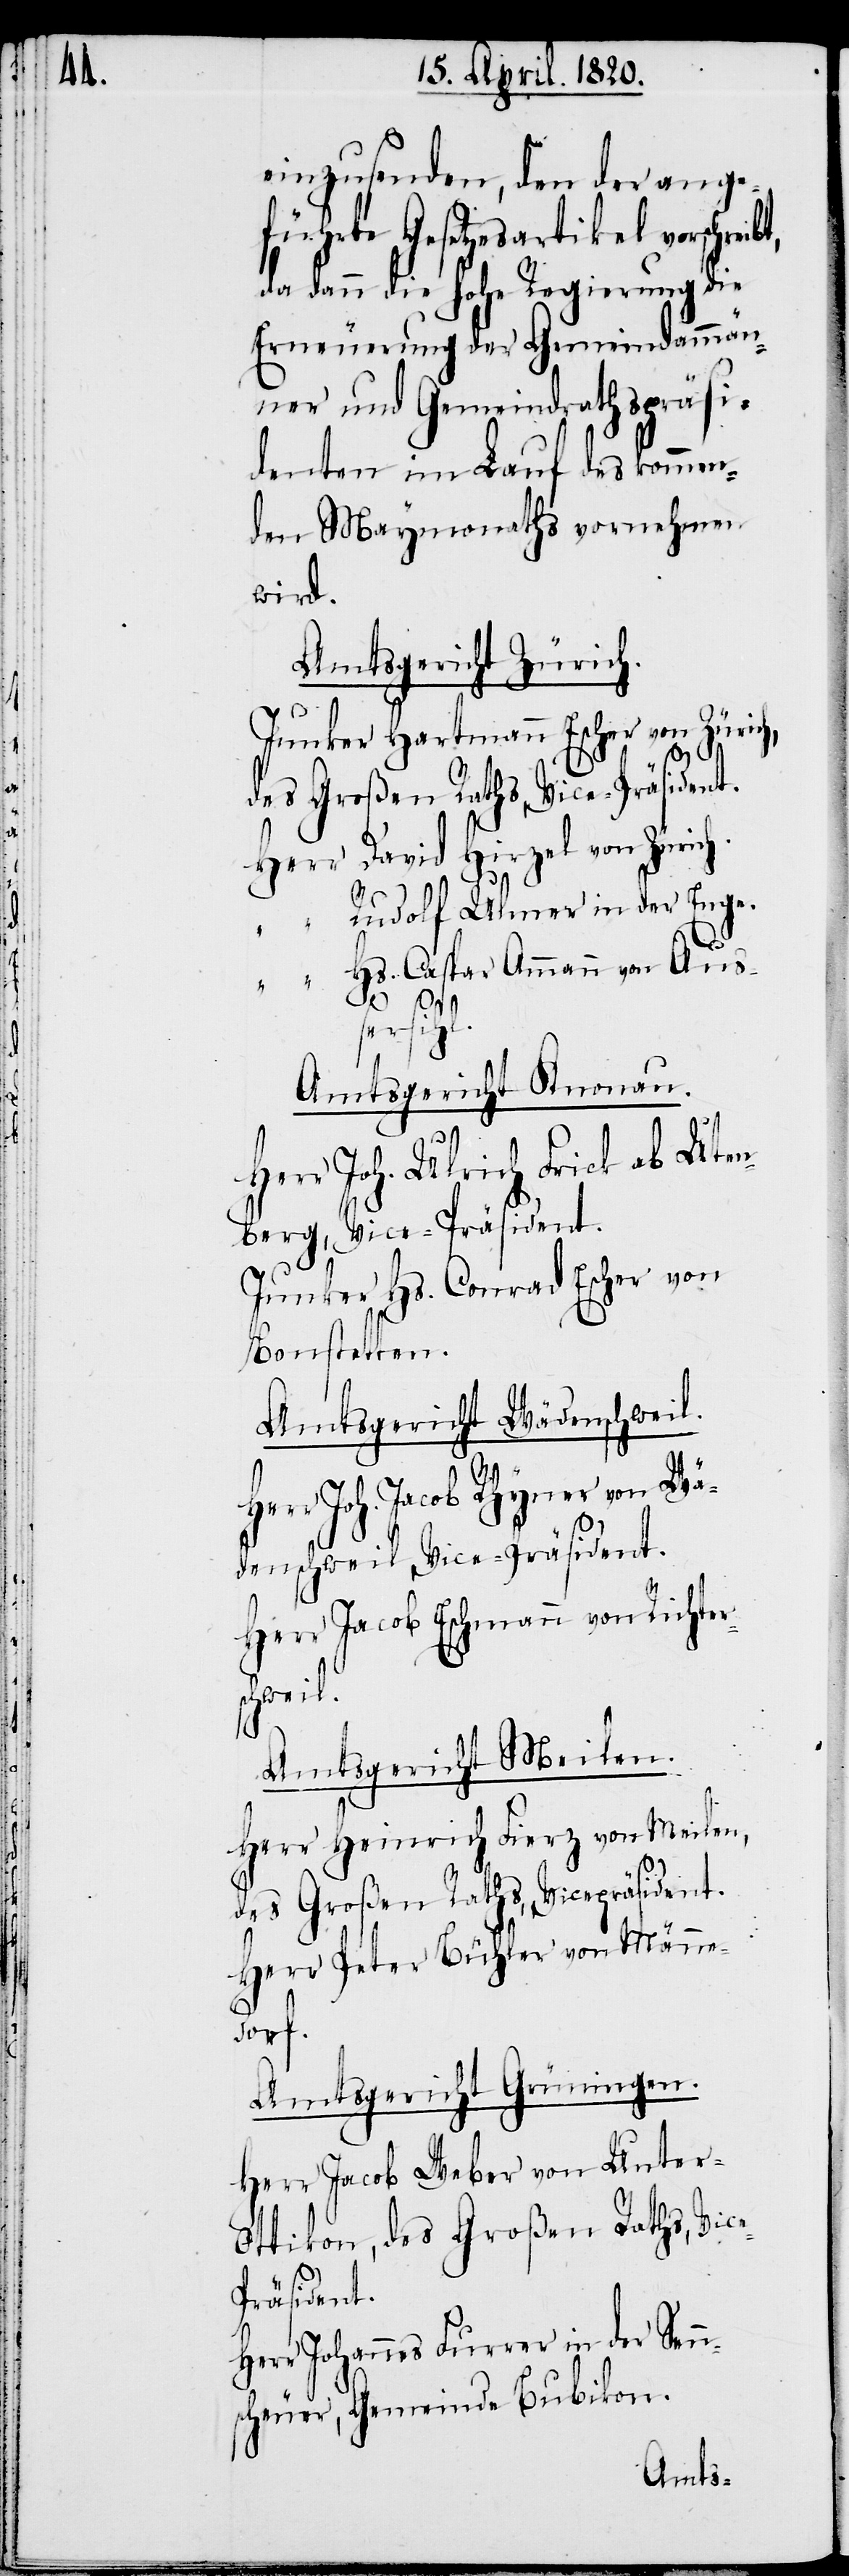
otti¬

einzusenden, den der ange¬
führte Gesetzesartikel vorschrei¬
da dann die Hohe Regierung die
Erneuerung der Gemeindammän¬
ner und Gemeindrathspräsi¬
denten im Lauf des kommen¬
den Maymonaths vornehmen
wird.
Amtsgericht Zürich.
Junker Hartmann Escher von Zürich,
des Groβen Raths, Vice-Präsident.
Herr David Hirzel von Zürich.
Rudolf Ulmer in der Enge.
“		Hs. Caspar Ammann von Aus¬
sersihl.
Amtsgericht Knonau.
Herr Joh. Ulrich Frick ab Uten¬
berg, Vice-Präsident.
Junker Hans Conrad Escher von
Bonstetten.
Amtsgericht Wädenschweil.
Herr Joh. Jacob Rhyner von Wä¬
denschweil, Vice-Präsident.
Herr Jacob Eschmann von Richter¬
kon,
Amtsgericht Meilen.
Herr Heinrich Fierz von Meilen,
des Groβen Raths, Vicepräsident.
Herr Peter Büchler von Männe¬
dorf.
Amtsgericht Grüningen.
Herr Jacob Weber von Unter¬
Herr Johannes Furrer in der Senn¬
scheuer, Gemeinde Bubikon.